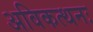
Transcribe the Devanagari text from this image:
अविकत्थनः